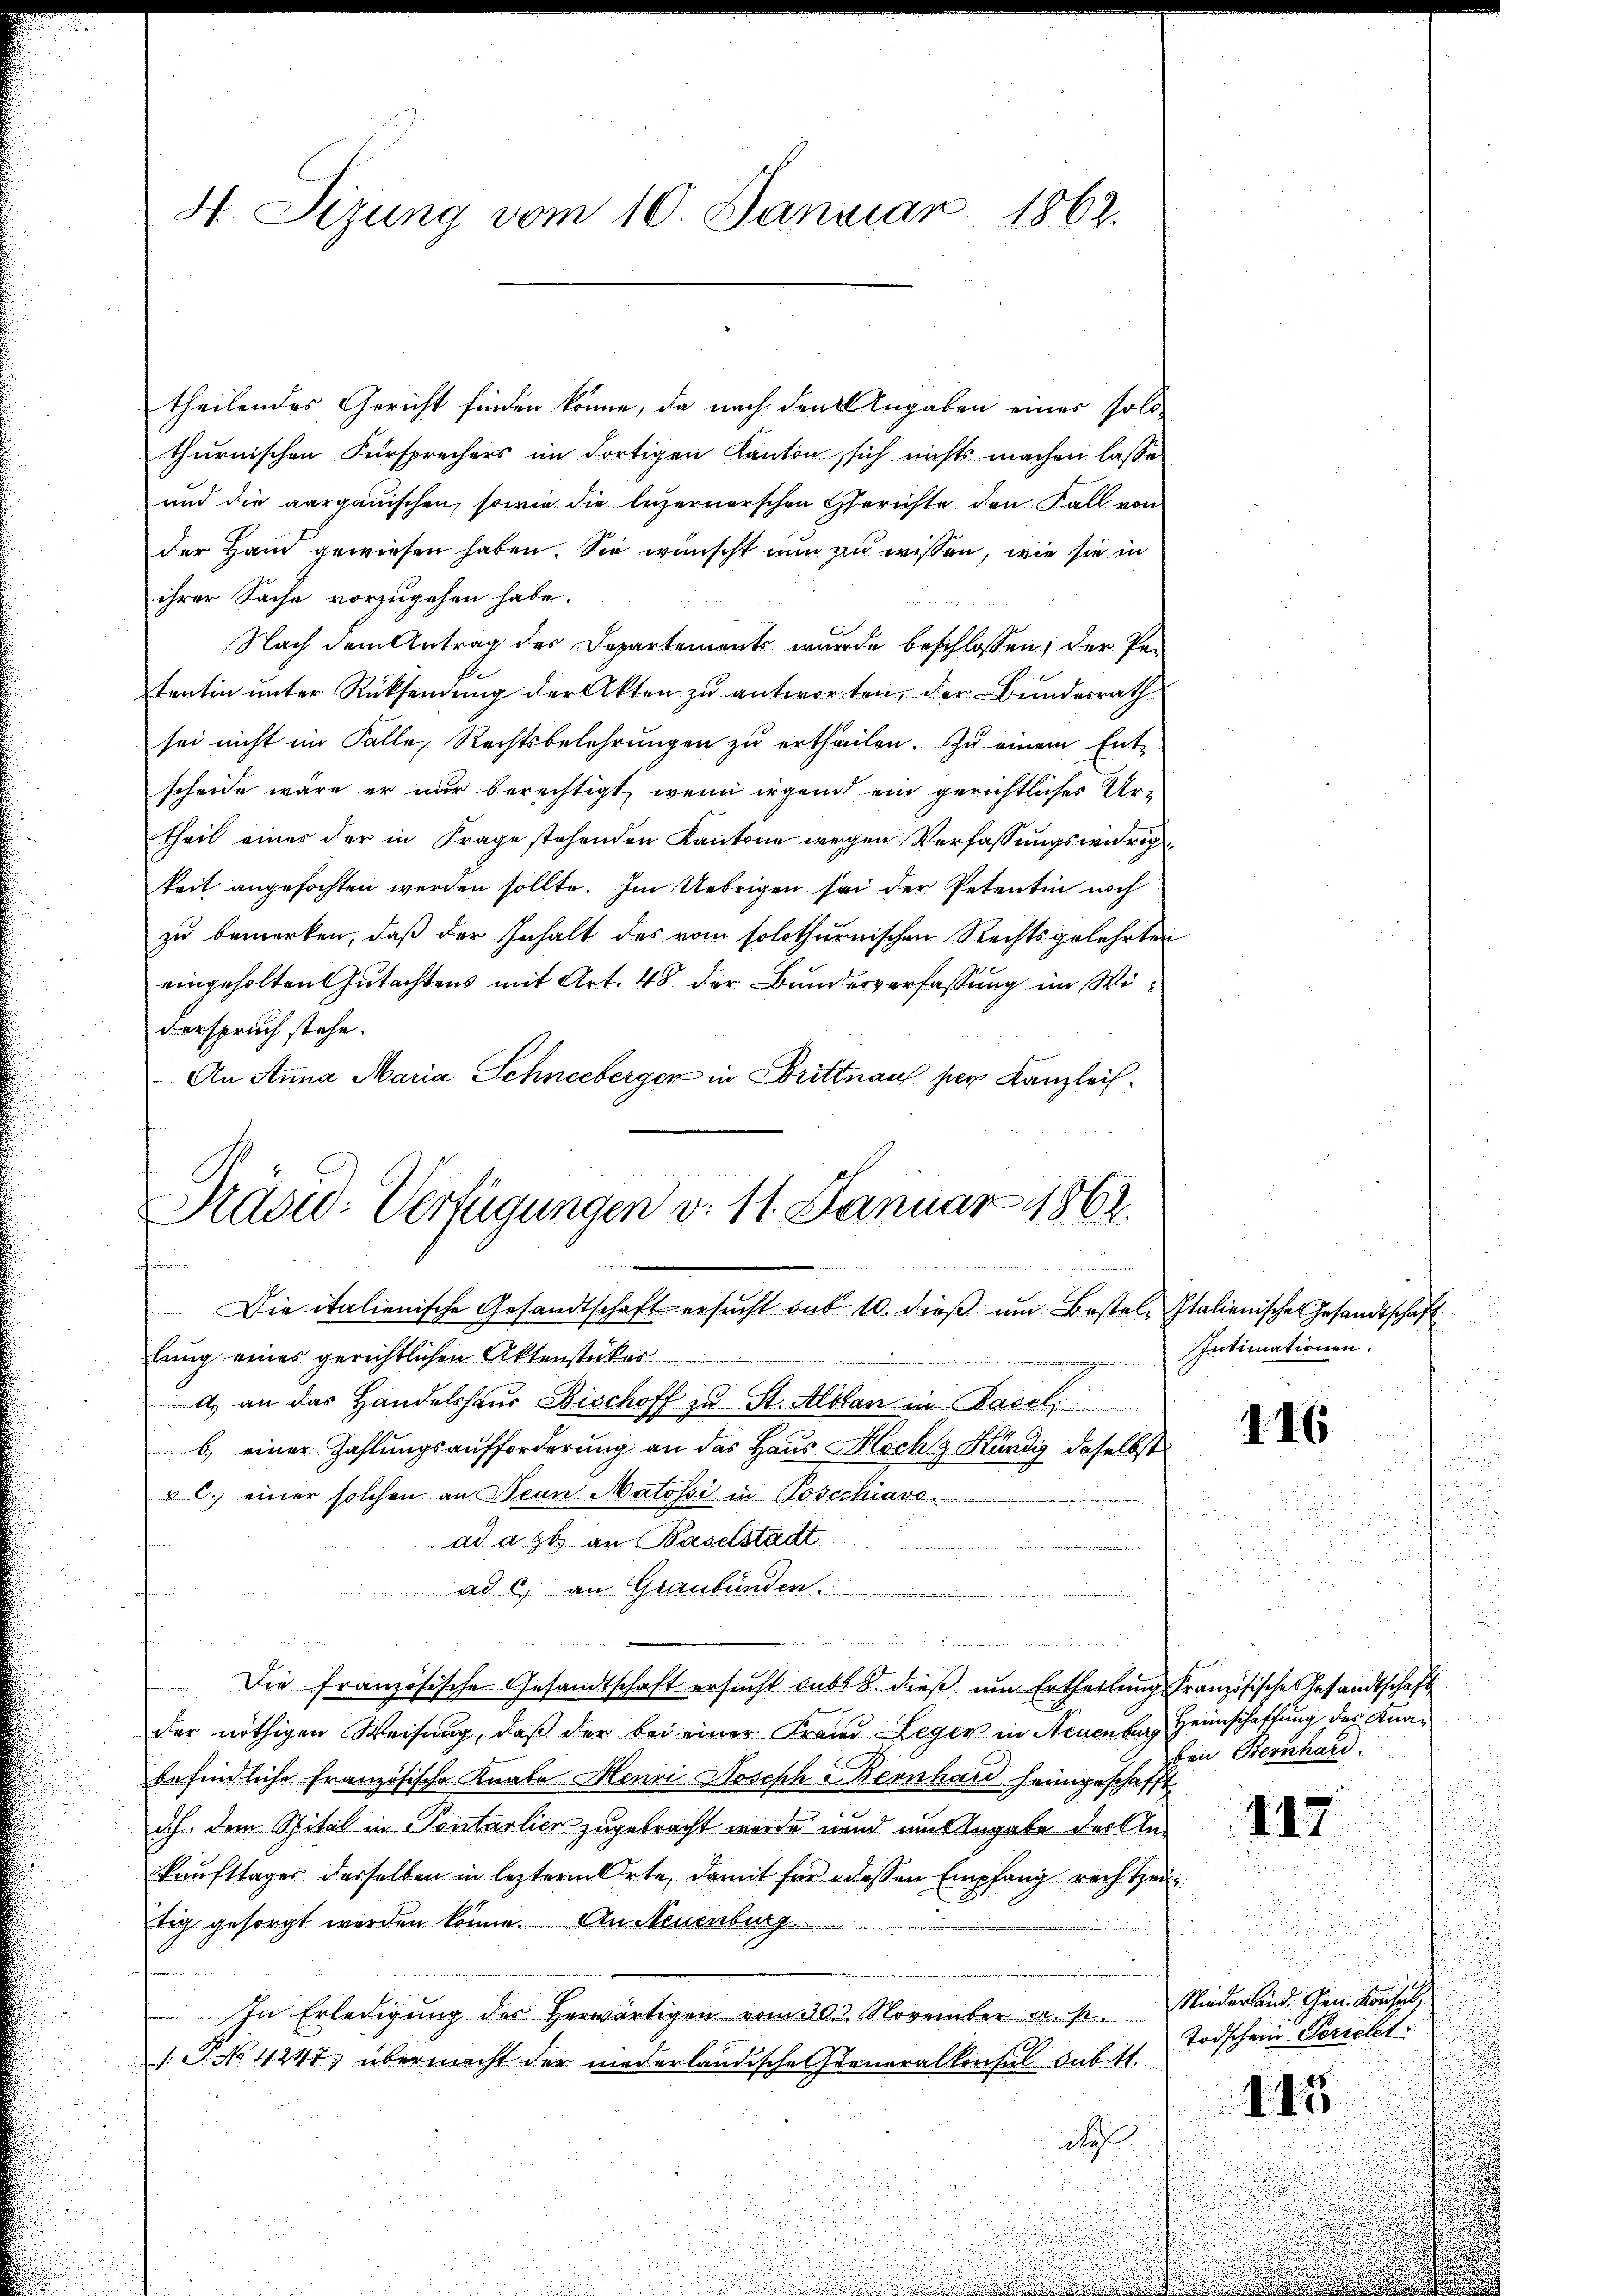
4. Sizung vom 10. Januar 1862.

theilendes Gericht finden könne, da nach den Angaben eines soll
thurnischen Fürsprechers im dortigen Kanton, sich nichts machen lasse
und die aargauischen, sowie die luzernerschen Gerichte den Fall von
der Hand gewiesen haben. Sie wünscht nun zu wissen, wie sie in
ihrer Sache vorzugehen habe.
Nach dem Antrag des Departements wurde beschlossen; der Petentin unter Rücksendung der Akten zu antworten, der Bundesrath
sei nicht im Falle, Rechtsbelehrŭngen zŭ ertheilen. Zu einem Ent-
scheide wäre er nur berechtigt, wenn irgend ein gerichtliches Urtheil eines der in Frage stehenden Kantone wegen Verfassungswürig
keit angefochten werden sollte. Im Uebrigen sei der Petentin noch
zu bemerken, daß der Inhalt des vom solothurnischen Rechtsgelehrten
eingeholten Gutachtens mit Art. 48 der Bundesverfassung im Wi¬
Verspruch stehe.
An Anna Maria Schneeberger in Brittnauf per Kanzleis¬
Die italienische Gesandtschaft ersŭcht dat. 10. dieβ ŭm Bestel- Italienischen Gesandtschaft
Intimationen.
fung eines gerichtlichen Aktenstücker
A an das Handelshaus Bischoff zu St. Alstan in Basel
116
b.) einer Zahlungsaufforderung an das Haus Hochg Hündig daselbst
ul. einer solchen an Jean Matossi in Poscchiavo
ad a. g. an Baselstadt
ad c) an Graubünden.
rher eine
.
Die französische Gesandtschaft ersucht sub. 8. dieß um Ertheilung französische Gesandtschaft
der nöthigen Weisung, daβ der bei einer Frand Leger in Neuenburg Heimschaffung des Knaben Bernhard
befindliche Französische Knabe Henri Joseph Bernhard heimgeschafft
dch dem Spital in Pontarlier zugebracht werde unnd im Angabe der An¬
117
kunfttages desselben in lezterm Orte, damit für dessen Empfang rechtzeitig gesorgt worden könne. An Neuenburg
In Erledigŭng der herwärtigen vom 30. November a. p. Niederland. Gen. Konsul
Todschein Gericht
.P. No 4247. übermacht der niederländische Ferneralkonsul dubitt.
145
de

Stäge-Verfügungen v. 11. Januar 1862.
fe